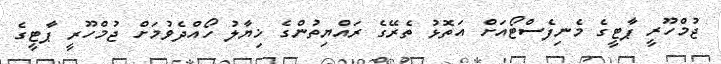
ޖުމްހޫރީ ޕާޓީގެ މެނިފެސްޓޯއަށް އަތޮޅު ތެރޭގެ ރައްޔިތުންގެ ޚިޔާލު ހޯއްދެވުމަށް ޖުމްހޫރީ ޕާޓީގެ